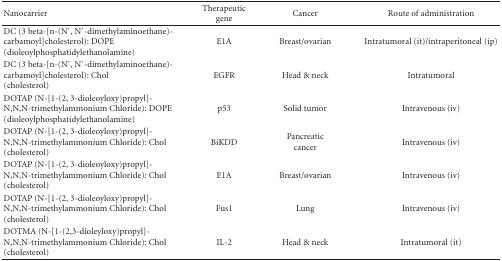
<table><thead><tr><td><b>Nanocarrier</b></td><td><b>Therapeutic gene</b></td><td><b>Cancer</b></td><td><b>Route of administration</b></td></tr></thead><tbody><tr><td>DC (3 beta-[n-(N′, N′-dimethylaminoethane)-carbamoyl]cholesterol): DOPE (dioleoylphosphatidylethanolamine)</td><td>E1A</td><td>Breast/ovarian</td><td>Intratumoral (it)/intraperitoneal (ip)</td></tr><tr><td>DC (3 beta-[n-(N′, N′-dimethylaminoethane)-carbamoyl]cholesterol): Chol (cholesterol)</td><td>EGFR</td><td>Head &amp; neck</td><td>Intratumoral</td></tr><tr><td>DOTAP (N-[1-(2, 3-dioleoyloxy)propyl]-N,N,N-trimethylammonium Chloride): DOPE (dioleoylphosphatidylethanolamine)</td><td>p53</td><td>Solid tumor</td><td>Intravenous (iv)</td></tr><tr><td>DOTAP (N-[1-(2, 3-dioleoyloxy)propyl]-N,N,N-trimethylammonium Chloride): Chol (cholesterol)</td><td>BiKDD</td><td>Pancreatic cancer</td><td>Intravenous (iv)</td></tr><tr><td>DOTAP (N-[1-(2, 3-dioleoyloxy)propyl]-N,N,N-trimethylammonium Chloride): Chol (cholesterol)</td><td>E1A</td><td>Breast/ovarian</td><td>Intravenous (iv)</td></tr><tr><td>DOTAP (N-[1-(2, 3-dioleoyloxy)propyl]-N,N,N-trimethylammonium Chloride): Chol (cholesterol)</td><td>Fus1</td><td>Lung</td><td>Intravenous (iv)</td></tr><tr><td>DOTMA (N-[1-(2,3-dioleyloxy)propyl]-N,N,N-trimethylammonium Chloride): Chol (cholesterol)</td><td>IL-2</td><td>Head &amp; neck</td><td>Intratumoral (it)</td></tr></tbody></table>